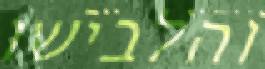
והלבישו